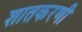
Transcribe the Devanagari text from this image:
शातकरणी